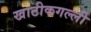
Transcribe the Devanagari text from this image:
खाटीकगल्ली